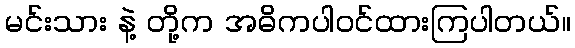
မင်းသား နဲ့ တို့က အဓိကပါဝင်ထားကြပါတယ်။